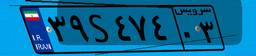
۳۹S۴۷۴۰۳